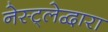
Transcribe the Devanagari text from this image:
नेस्ट्लेद्वारा